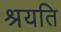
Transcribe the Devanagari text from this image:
श्रयति